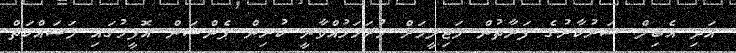
އަދި އެބިލް ސަރުކާރުގެ ފަރާތުން މަޖިލީހަށް ހުށަހަޅުއްވާނީ ކުރިން ޕެންޝަން އޮފީހުގައި މަސައްކަތް